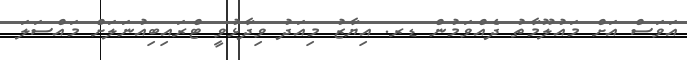
އަވަސް އަށް މައުލޫމާތު ދެއްވަމުން ޑރ. އިޔާޒު މިއަދު ވިދާޅުވީ ޓްރައިބިއުނަލަށް މައްސަލަ